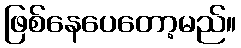
ဖြစ်နေပေတော့မည်။